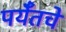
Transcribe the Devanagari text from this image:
पर्यँतचे